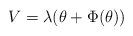
LaTeX: \begin{align*}V=\lambda (\theta +\Phi (\theta )) \end{align*}